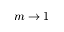
m \to 1